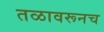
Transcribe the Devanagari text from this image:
तळावरूनच